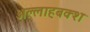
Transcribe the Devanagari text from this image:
अल्लाहबक्श